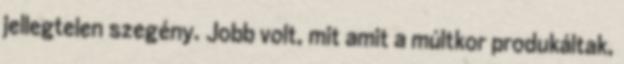
jellegtelen szegény. Jobb volt, mit amit a múltkor produkáltak,